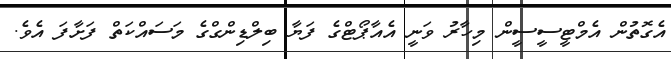
އެގޮތުން އެމްޓީސީސީން މިހާރު ވަނީ އެއާޕޯޓްގެ ފަޔާ ބިލްޑިންގްގެ މަސައްކަތް ފަށާފަ އެވެ.